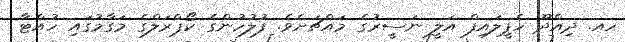
ހއ. ދިއްދޫ ހެޕީލައިފް އަލީ ނަސީރުގެ މައްޗަށެވެ. ފުލުހުންގެ ކޯޕްރަލްގެ މަގާމުގައި ހުއްޓާ